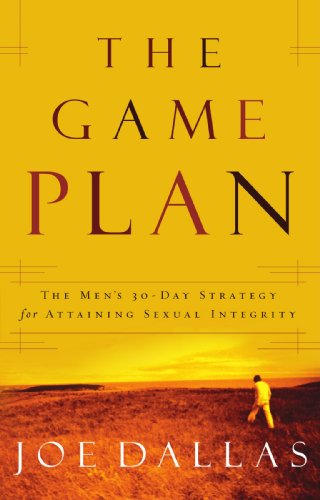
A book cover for The Game Plan: The Men's 30-Day Strategy for Attaining Sexual Integrity; Joe Dallas; Christian Books & Bibles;